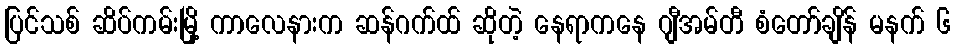
ပြင်သစ် ဆိပ်ကမ်းမြို့ ကာလေနားက ဆန်ဂက်ထ် ဆိုတဲ့ နေရာကနေ ဂျီအမ်တီ စံတော်ချိန် မနက် ၆